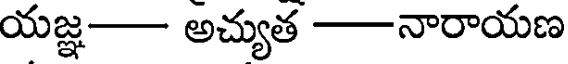
యజ్ఞ- అచ్యుత -నారాయణ